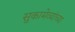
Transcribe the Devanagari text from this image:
सुकामेव्यांच्या